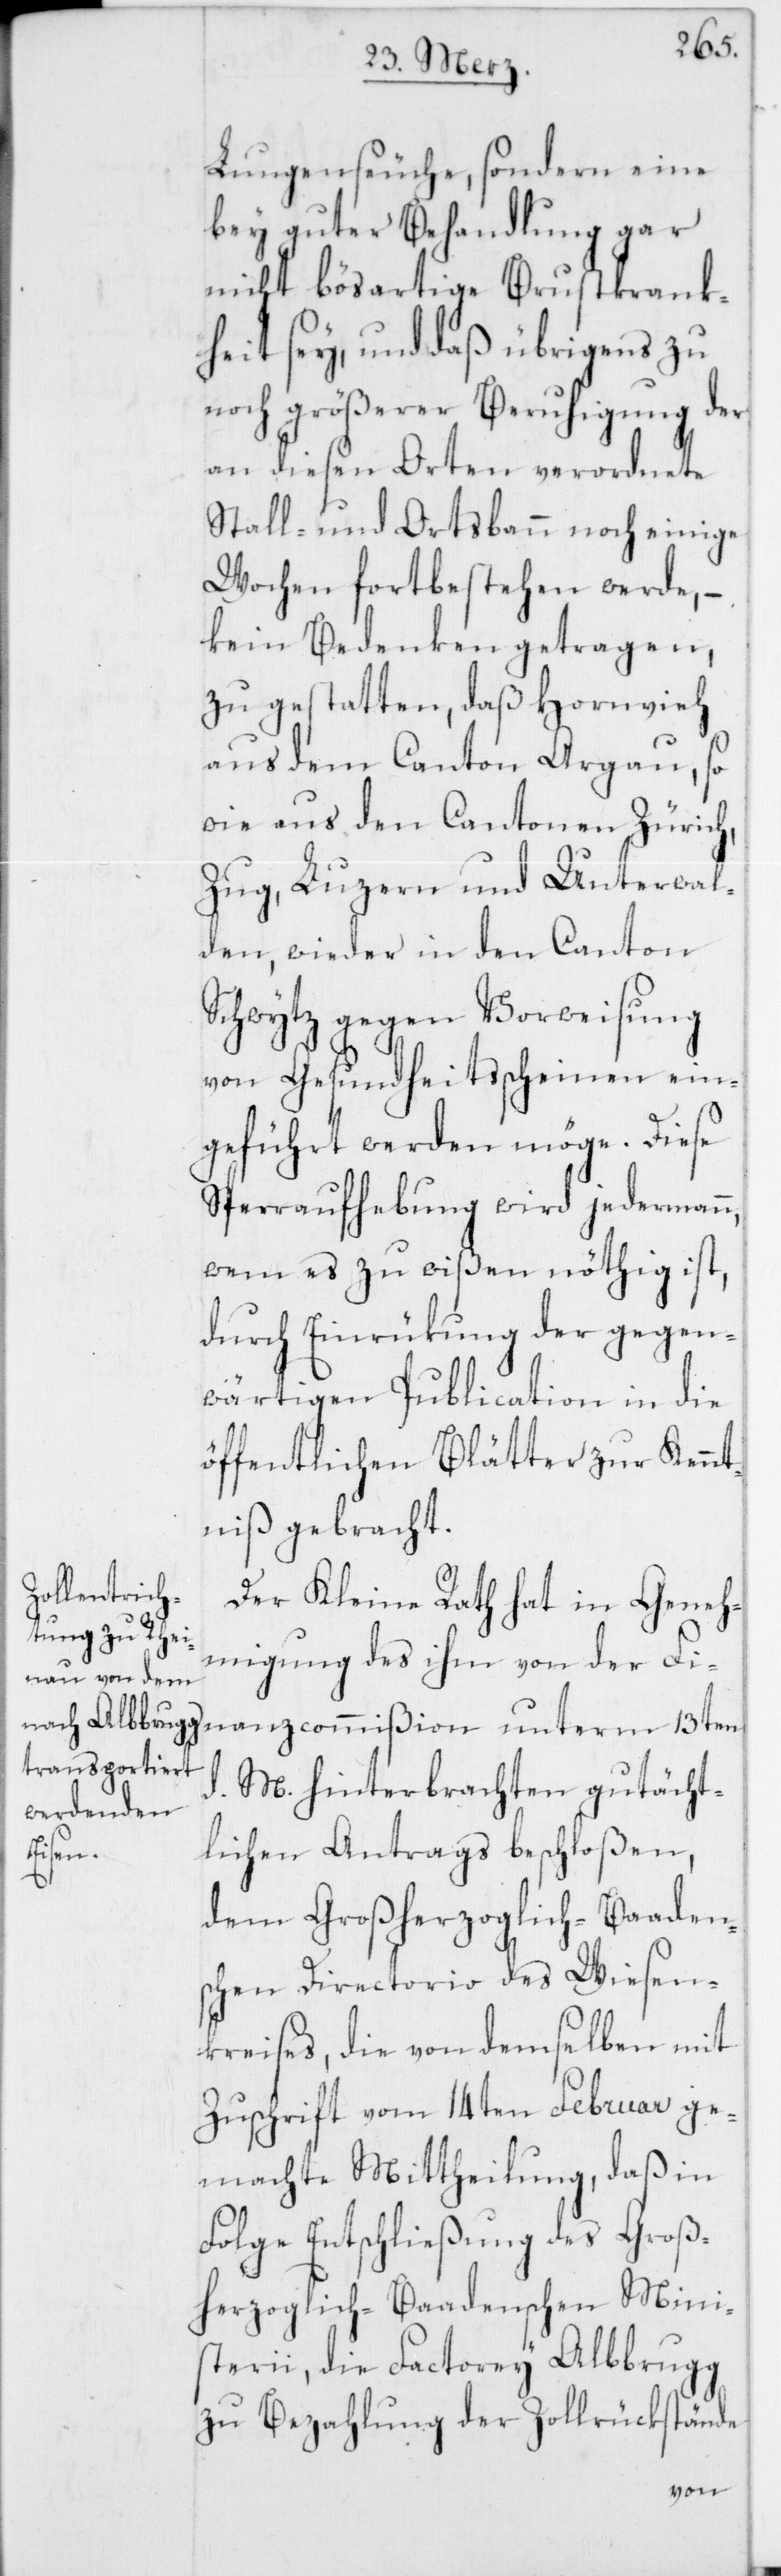
Lungenseuche, sondern eine
bey guter Behandlung gar
nicht bösartige Brustkrank¬
heit sey, und daß übrigens zu
noch größerer Beruhigung der
an diesen Orten verordnete
Stall- und Ortsbann noch einige
Wochen fortbestehen werde, –
kein Bedenken getragen,
zu gestatten, daß Hornvieh
aus dem Canton Argau so
wie aus den Cantonen Zürich,
Zug, Luzern und Unterwal¬
den, wieder in den Canton
Schwytz gegen Vorweisung
von Gesundheitsscheinen ein¬
geführt werden möge. Diese
Sperrhaufhebung wird jedermann,
wem es zu wißen nöthig ist,
durch Einwürkung der gegen¬
wärtigen Publication in die
öffentlichen Blätter zur Kennt¬
niß gebracht.
Der Kleine Rath hat in Geneh¬
migung des ihm von der Fina¬
d. M. hinterbrachten gutächt¬
lichen Antrags beschloßen,
mißion
dem Großherzoglich-Baaden¬
schen Directorio des Wiesen¬
kraises, die von demselben mit
Zuschrift vom 14ten Februar ge¬
machte Mittheilung, daß in
Folge Entschließung des Groß¬
herzoglich-Baadenschen Mini¬
sterii, die Factorey Albbrugg
zu Bezahlung der Zollrükstände